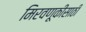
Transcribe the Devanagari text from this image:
मिरवणूकीसाठी